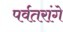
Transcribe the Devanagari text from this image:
पर्वतरांगे